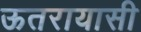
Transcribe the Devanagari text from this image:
ऊतरायासी